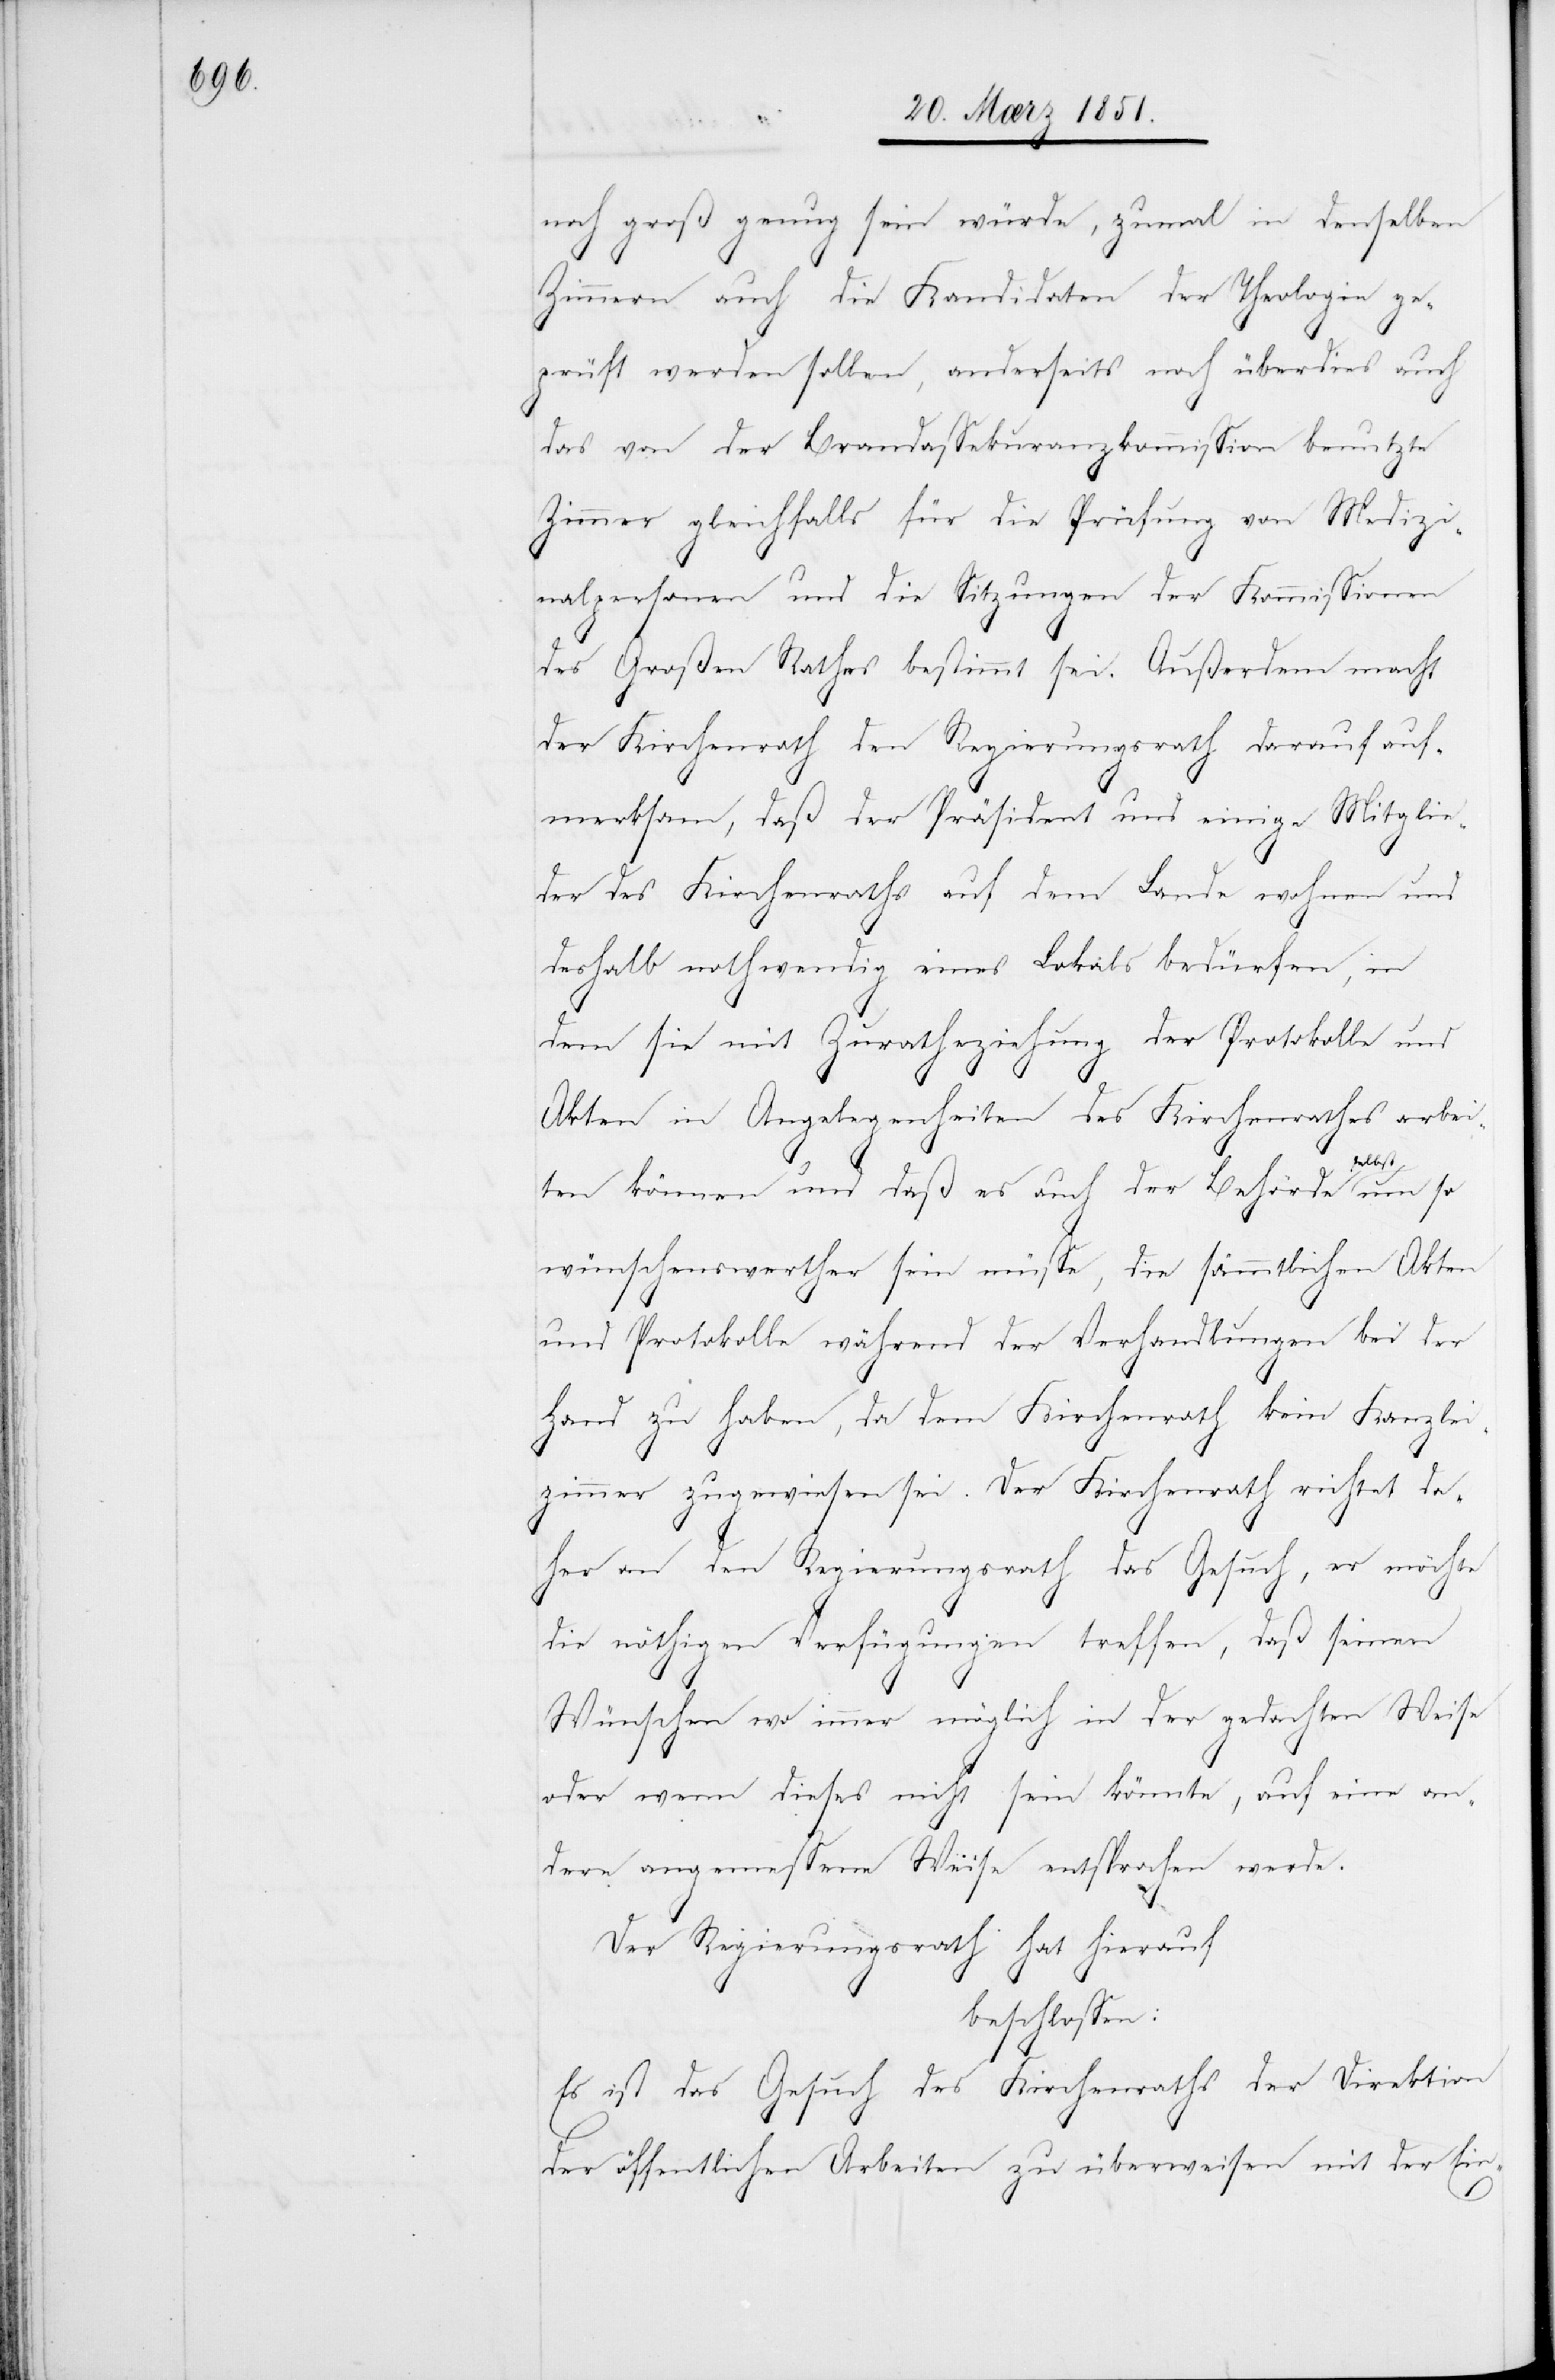
noch groß genug sein würde, zumal in denselben
Zimmern auch die Kandidaten der Theologie ge¬
prüft werden sollen, anderseits noch überdies auch
das von der Brandassekuranzkommission benutzte
Zimmer gleichfalls für die Prüfung von Medizi¬
nalpersonen und die Sitzungen der Kommissionen
des Großen Rathes bestimmt sei. Außerdem macht
der Kirchenrath den Regierungsrath darauf auf¬
merksam, daß der Präsident und einige Mitglie¬
der des Kirchenraths auf dem Lande wohnen und
deshalb nothwendig eines Lokals bedürfen, in
dem sie mit Zuratheziehung der Protokolle und
Akten in Angelegenheiten des Kirchenrathes arbei¬
elbst
ten können und daß es auch der Behörde s¬
wünschenswerther sein müsse, die sämmtlichen Akten
und Protokolle während der Verhandlungen bei der
Hand zu haben, da dem Kirchenrath kein Kanzlei¬
zimmer zugewiesen sei. Der Kirchenrath richtet da¬
her an den Regierungsrath das Gesuch, er möchte
die nöthigen Verfügungen treffen, daß seinen
Wünschen wo immer möglich in der gedachten Weise
oder wenn dieses nicht sein könnte, auf eine an¬
dere angemessene Weise entsprochen werde.
Der Regierungsrath hat hierauf
beschlossen:
Es ist das Gesuch des Kirchenraths der Direktion
der öffentlichen Arbeiten zu überweisen mit der Ein-